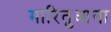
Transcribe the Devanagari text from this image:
मारितुआना